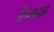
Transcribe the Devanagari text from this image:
हिमदाह